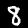
Digit: 8